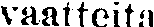
vaatteita